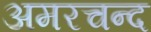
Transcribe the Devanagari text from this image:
अमरचन्द